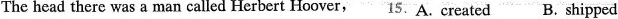
The head there was a man called Herbert Hoover,15.A. created B. shipped